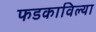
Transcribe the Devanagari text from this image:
फडकाविल्या